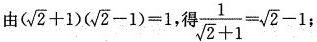
由 $$(\sqrt{2}+1)(\sqrt{2}-1)=1$$, 得$$\frac{1}{\sqrt{2}+1}= \sqrt{2}-1$$;